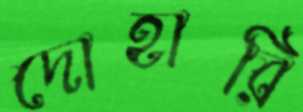
দোহারি